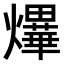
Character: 𤒹